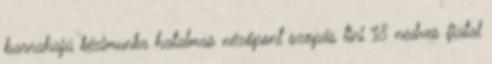
barnahajú kézimunka hatalmas nézőpont szopás tini 18 nedves fiatal